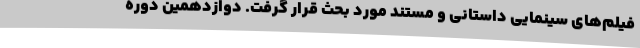
فیلم‌های سینمایی داستانی و مستند مورد بحث قرار گرفت. دوازدهمين دوره